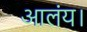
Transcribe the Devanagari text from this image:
आलंय।